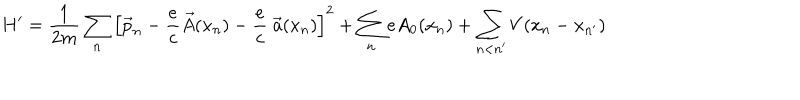
H ^ { \prime } = \frac { 1 } { 2 m } \sum _ { n } \left[ \vec { p } _ { n } - \frac { e } { c } \vec { A } ( x _ { n } ) - \frac { e } { c } \; \vec { a } ( x _ { n } ) \right] ^ { 2 } + \sum _ { n } e A _ { 0 } ( x _ { n } ) + \sum _ { n < n ^ { \prime } } V ( x _ { n } - x _ { n ^ { \prime } } )